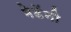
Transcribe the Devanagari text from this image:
भेडेंनी